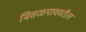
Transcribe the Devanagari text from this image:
मिसळपाववरील